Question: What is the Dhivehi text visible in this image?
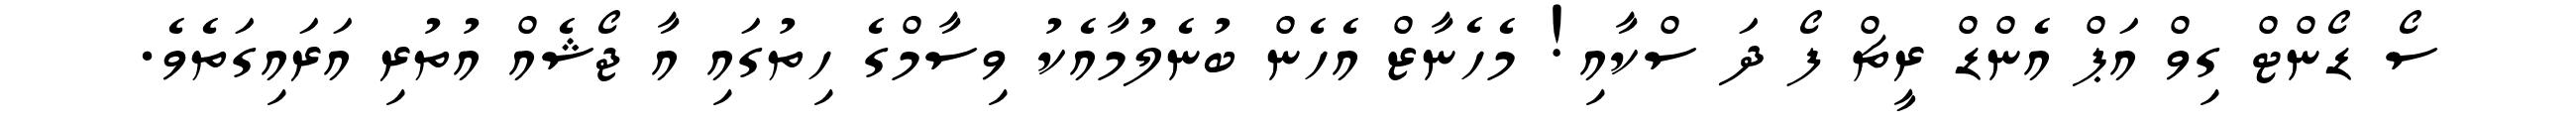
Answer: ސޯ ޑޯންޓް ގިވް އަޕް އެންޑް ރީޗް ފޯ ދަ ސްކާއި! މެހެނާޒް އެހެން ބުނެލުމާއެކު ވިސާމްގެ ހިތުގައި އާ ޖޯޝެއް އުތުރި އަރައިގަތެވެ.